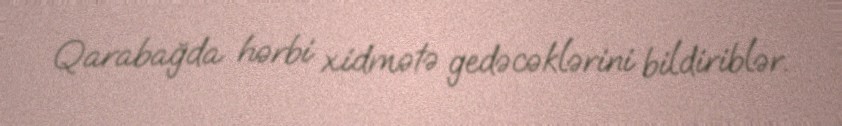
Qarabağda hərbi xidmətə gedəcəklərini bildiriblər.